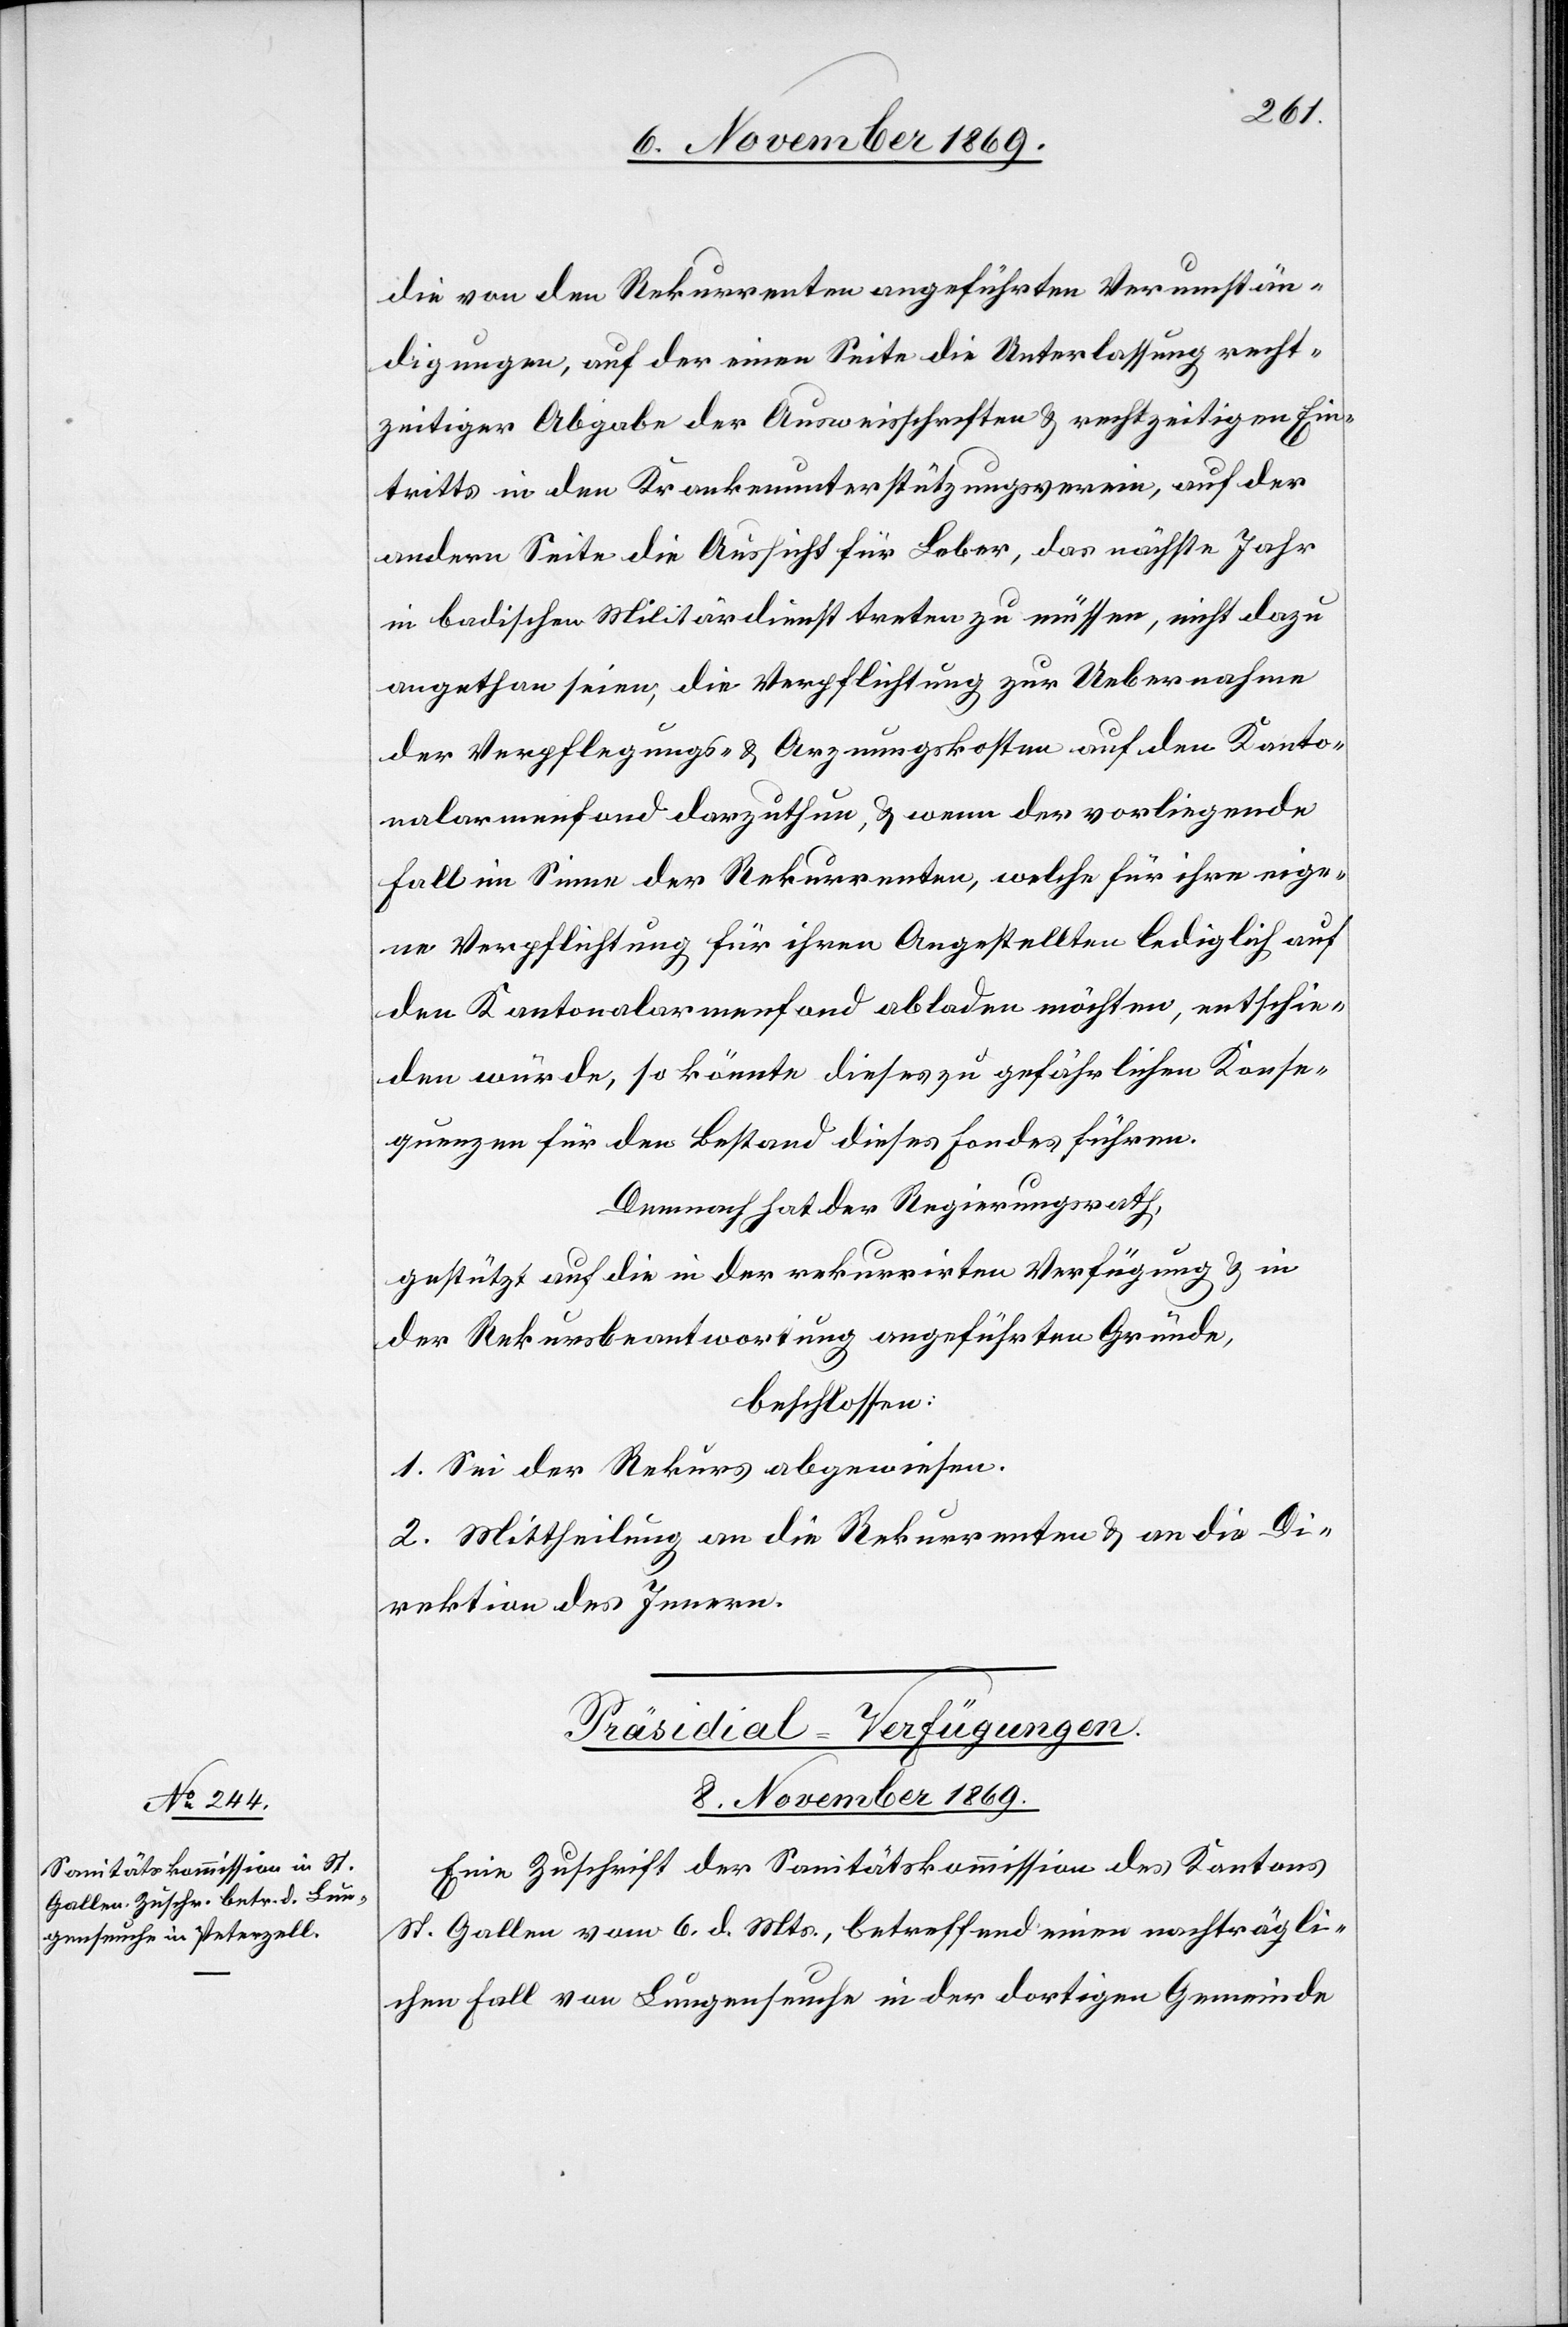
8. November 1869.
die von den Rekurrenten angeführten Verumstän¬
digungen, auf der einen Seite die Unterlassung recht¬
zeitiger Abgabe der Ausweisschriften & rechtzeitigen Ein¬
tritts in den Krankenunterstützungsverein, auf der
andern Seite die Aussicht für Leber, das nächste Jahr
in badischen Militärdienst treten zu müssen, nicht dazu
angethan seien, die Verpflichtung zur Uebernahme
der Verpflegungs- & Arznungskosten auf den Kanto¬
nalarmenfond darzuthun, & wenn der vorliegende
Fall im Sinne der Rekurrenten, welche für ihre eige¬
ne Verpflichtung für ihren Angestellten lediglich auf
den Kantonalarmenfond abladen möchten, entschie¬
den würde, so könnte dieses zu gefährlichen Konse¬
quenzen für den Bestand dieses Fondes führen.
Demnach hat der Regierungsrath,
gestützt auf die in der rekurrirten Verfügung & in
der Rekursbeantwortung angeführten Gründe,
beschlossen:
1. Sei der Rekurs abgewiesen.
2. Mittheilung an die Rekurrenten & an die Di¬
rektion des Innern.
Präsidial-Verfügungen.
Eine Zuschrift der Sanitätskommission des Kantons
St. Gallen vom 6. d. Mts., betreffend einen nachträgli¬
chen Fall von Lungenseuche in der dortigen Gemeinde